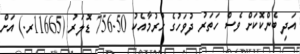
އަދި ބެންކޮކަށް ވެސް ހަތަރު ދުވަހުގެ ހުރުމާއެކު 756.50 ޑޮލަރު (11665ރ.) އަށް